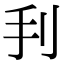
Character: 𢩬